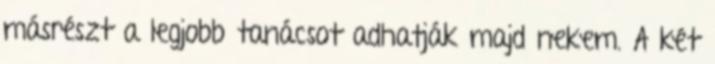
másrészt a legjobb tanácsot adhatják majd nekem. A két